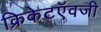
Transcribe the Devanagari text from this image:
क्रिकेटऍवजी